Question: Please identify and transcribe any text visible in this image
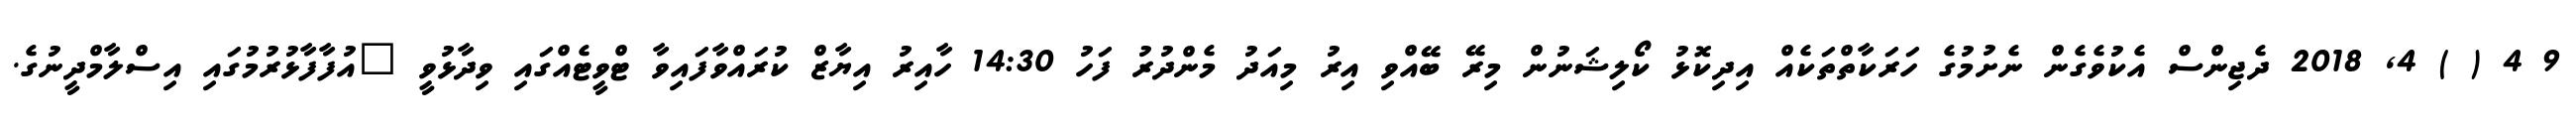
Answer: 9 4 ( ) 4, 2018 ދެޖިންސް އެކުވެގެން ނެށުމުގެ ހަރަކާތްތަކެއް އިދިކޮޅު ކޯލިޝަނުން މިރޭ ބޭއްވި އިރު މިއަދު މެންދުރު ފަހު 14:30 ހާއިރު އިޔާޒް ކުރައްވާފައިވާ ޓްވީޓެއްގައި ވިދާޅުވީ "އުފާފާޅުރުމުގައި އިސްލާމްދީނުގެ.